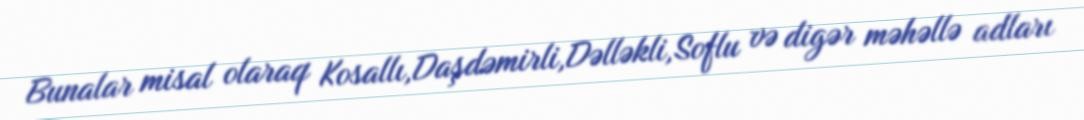
Bunalar misal olaraq Kosallı,Daşdəmirli,Dəlləkli,Soflu və digər məhəllə adları